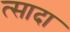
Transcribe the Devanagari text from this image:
त्सादा